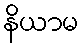
နိယာမ